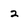
Character: 2